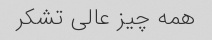
همه چیز عالی تشکر